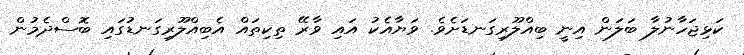
ކަޅިޖަހާނުލާ ބަލަން އިނީ ބިއްލޫރިގަނޑަށެވެ. ވަޔާއެކު އައި ވާރޭ ތިކިތައް އެބިއްލޫރިގަނޑުގައި ބޮސްދެމުން